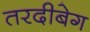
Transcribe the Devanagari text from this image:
तरदीबेग